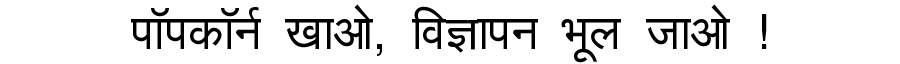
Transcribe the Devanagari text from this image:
पॉपकॉर्न खाओ, विज्ञापन भूल जाओ !